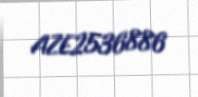
AZE2536886